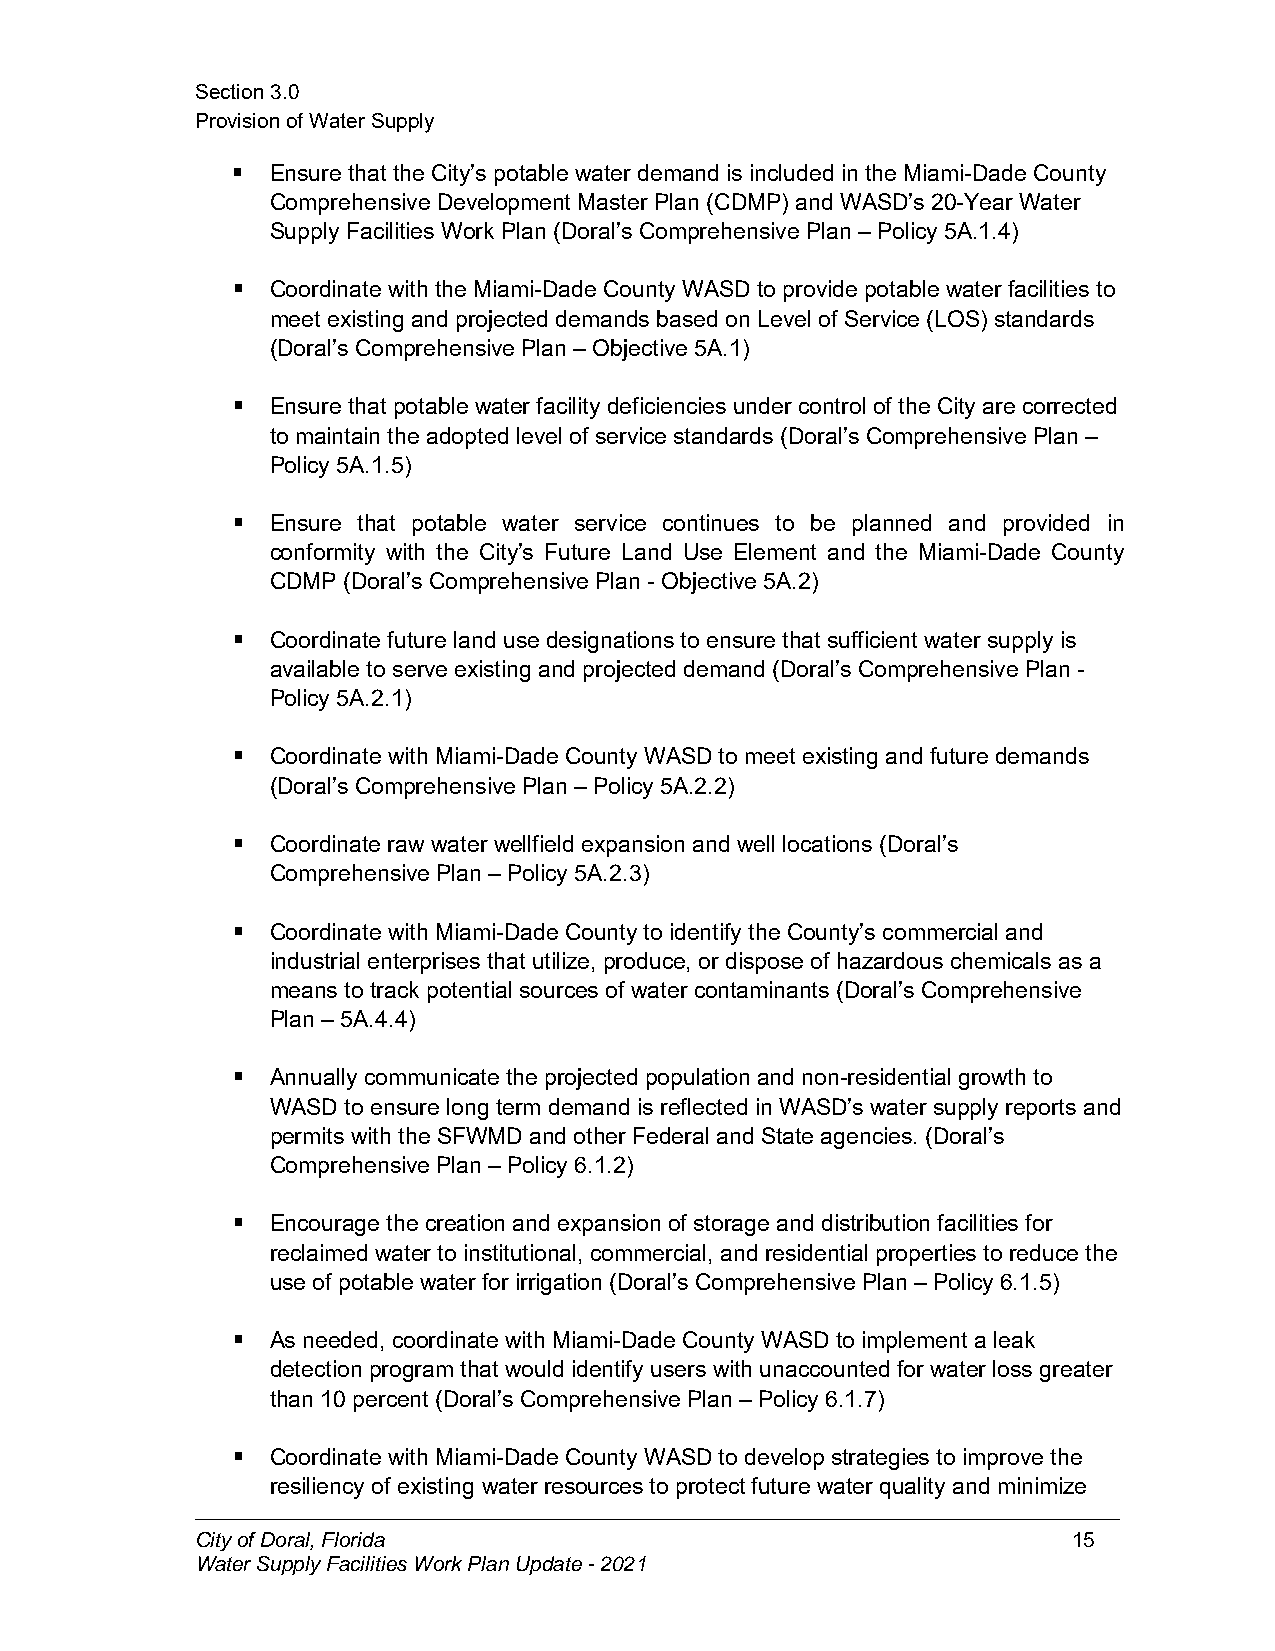
Section3.0
 ProvisionofWaterSupply
   Ensurethat theCity’s potable water demand is included in theMiami-Dade County
 Comprehensive Development Master Plan(CDMP) andWASD’s 20-Year Water
 Supply Facilities Work Plan (Doral’s Comprehensive Plan – Policy 5A.1.4)
   Coordinate withtheMiami-Dade County WASD to provide potable water facilities to
 meet existing andprojected demands basedon Level of Service(LOS) standards
 (Doral’s ComprehensivePlan – Objective 5A.1)
   Ensurethat potable water facility deficiencies under control of theCity arecorrected
 tomaintainthe adopted level of servicestandards (Doral’s ComprehensivePlan –
 Policy 5A.1.5)
   Ensure that potable water service continues to be planned and provided in
 conformity with the City’s Future Land Use Element and the Miami-Dade County
 CDMP (Doral’s Comprehensive Plan - Objective 5A.2)
   Coordinatefuture land use designations toensure that sufficient water supply is
 available to serve existing and projecteddemand(Doral’s ComprehensivePlan -
 Policy 5A.2.1)
   Coordinate withMiami-Dade County WASDtomeet existing andfuture demands
 (Doral’s ComprehensivePlan – Policy 5A.2.2)
   Coordinateraw water wellfield expansion and well locations (Doral’s
 Comprehensive Plan– Policy 5A.2.3)
   Coordinate withMiami-Dade County toidentify the County’s commercial and
 industrial enterprises that utilize, produce, or dispose of hazardous chemicals as a
 means totrack potentialsources of water contaminants (Doral’s Comprehensive
 Plan – 5A.4.4)
   Annually communicatethe projectedpopulationand non-residential growthto
 WASD toensurelongterm demand is reflectedin WASD’s water supply reports and
 permits withtheSFWMD and other Federal andStateagencies. (Doral’s
 Comprehensive Plan– Policy 6.1.2)
   Encouragethe creationand expansion of storage and distributionfacilities for
 reclaimed water toinstitutional, commercial, andresidential properties toreduce the
 use of potablewater for irrigation(Doral’s Comprehensive Plan – Policy 6.1.5)
   As needed, coordinate with Miami-Dade County WASD toimplement aleak
 detection program that would identify users with unaccountedfor water loss greater
 than 10percent (Doral’s Comprehensive Plan– Policy 6.1.7)
   Coordinate withMiami-Dade County WASDto develop strategies toimprove the
 resiliency of existing water resources to protect futurewater quality andminimize
 CityofDoral,Florida                                       15
 WaterSupplyFacilitiesWorkPlanUpdate-2021